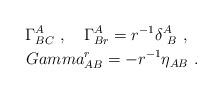
LaTeX: \begin{align*}\Gamma^A_{BC}\ ,\ \ \ \Gamma^A_{Br} = r^{-1}\delta^A_{\ B}\ ,\ \ \\Gamma^r_{AB} = - r^{-1}\eta_{AB}\ .\end{align*}